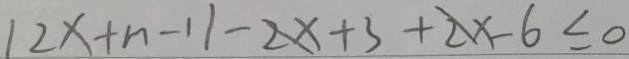
1 2 x + n - 1 1 - 2 x + 3 + 2 x - 6 \leq 0